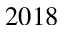
2 0 1 8